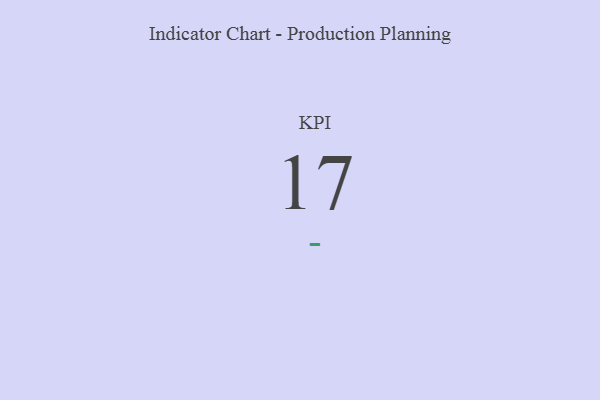
{"axis": {"x": "KPI", "y": "Value"}, "legend": [""], "data": [{"x": "KPI", "y": 17, "type": ""}]}